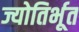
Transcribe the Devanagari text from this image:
ज्योतिर्भूत